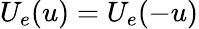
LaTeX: U_{e}(u)=U_{e}(-u)